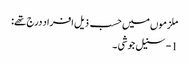
ملزموں میں حسب ذیل افراد درج تھے:
1- سنیل جوشی ۔